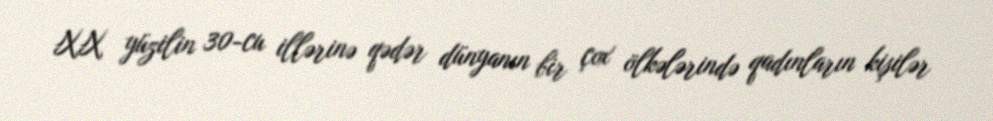
XX yüzilin 30-cu illərinə qədər dünyanın bir çox ölkələrində qadınların kişilər